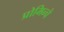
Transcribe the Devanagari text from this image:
प्रोमिन्चे